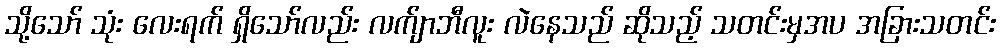
သို့သော် သုံး လေးရက် ရှိသော်လည်း လက်ျာဘီလူး လဲနေသည် ဆိုသည့် သတင်းမှအပ အခြားသတင်း